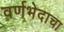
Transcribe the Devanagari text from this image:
वर्णभेदाचा